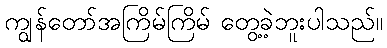
ကျွန်တော်အကြိမ်ကြိမ် တွေ့ခဲ့ဘူးပါသည်။